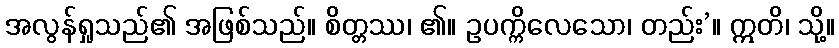
အလွန်ရှုသည်၏ အဖြစ်သည်။ စိတ္တဿ၊ ၏။ ဥပက္ကိလေသော၊ တည်း’။ ဣတိ၊ သို့။